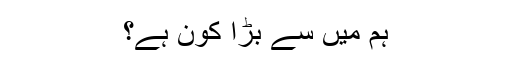
ہم میں سے بڑا کون ہے؟